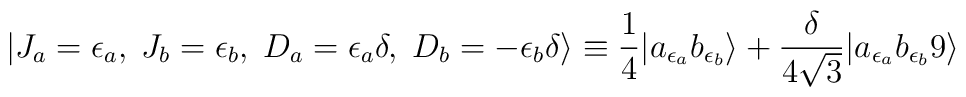
|J_a = {\epsilon_a}, \; J_b = {\epsilon_b}, \; D_a = \epsilon_a \delta, \; D_b = -\epsilon_b \delta \rangle \equiv {1 \over 4} |a_{\epsilon_a} b_{\epsilon_b}\rangle + {\delta  \over 4 \sqrt{3}} |a_{\epsilon_a} b_{\epsilon_b} 9 \rangle